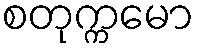
စတုက္ကမော